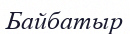
Байбатыр